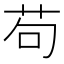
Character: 苟